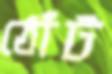
ঠোঁট